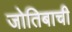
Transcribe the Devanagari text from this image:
जोतिबाची